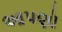
આપણૉ